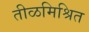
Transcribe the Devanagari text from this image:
तीळमिश्रित